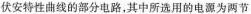
伏安特性曲线的部分电路，其中所选用的电源为两节